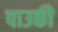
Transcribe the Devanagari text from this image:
पाउकी